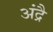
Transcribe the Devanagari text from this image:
अंद्रै